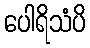
ပေါရိသံပိ